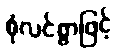
စုံလင်စွာဖြင့်